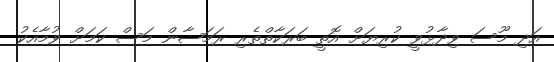
އަދި މޫސަ ވިދާޅުވީ ކުރިޔަށް އޮތީ ބަރަކާތްތެރި ރަމަޟާން މަސް ކަމަށް ވުމާއެކު